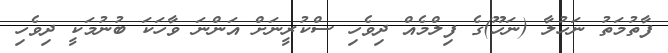
ފާތުމަތު ނަހުލާ (ނަހޫ)ގެ ފިލްމެއް ދިވެހި ސްކުރީނަށް އަންނަ ވާހަކަ ބުނުމަކީ ދިވެހި